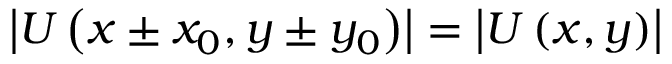
\left| U \left( x \pm x _ { 0 } , y \pm y _ { 0 } \right) \right| = \left| U \left( x , y \right) \right|